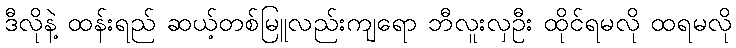
ဒီလိုနဲ့ ထန်းရည် ဆယ့်တစ်မြူလည်းကျရော ဘီလူးလှဦး ထိုင်ရမလို ထရမလို